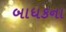
બાધકના